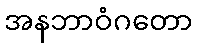
အနဘာဝံဂတော